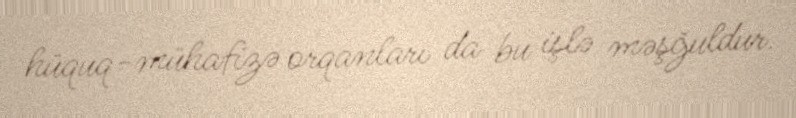
hüquq-mühafizə orqanları da bu işlə məşğuldur.